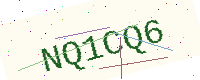
Text: NQ1CQ6